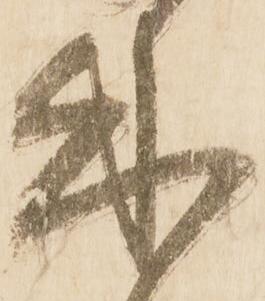
来